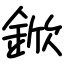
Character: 鍁